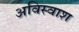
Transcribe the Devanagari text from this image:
अविस्वाश